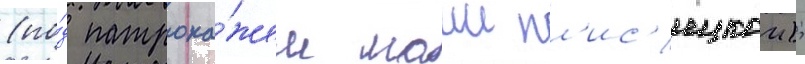
(по́д патрона́жем маии пл'ис'ецкои);